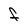
Character: F